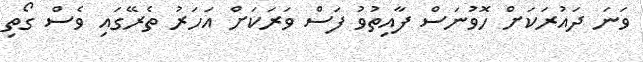
ވަނަ ދައުރަކަށް ހޮވުނަސް ފާއިތުވު ފަސް ވަރަކަށް އަހަރު ތެރޭގައި ވެސް ގޯތި